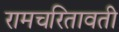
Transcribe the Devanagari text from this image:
रामचरितावती